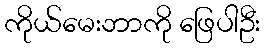
ကိုယ်မေးဘာကို ဖြေပါဦး